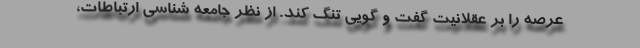
عرصه را بر عقلانیت گفت و گویی تنگ کند. از نظر جامعه شناسی ارتباطات،